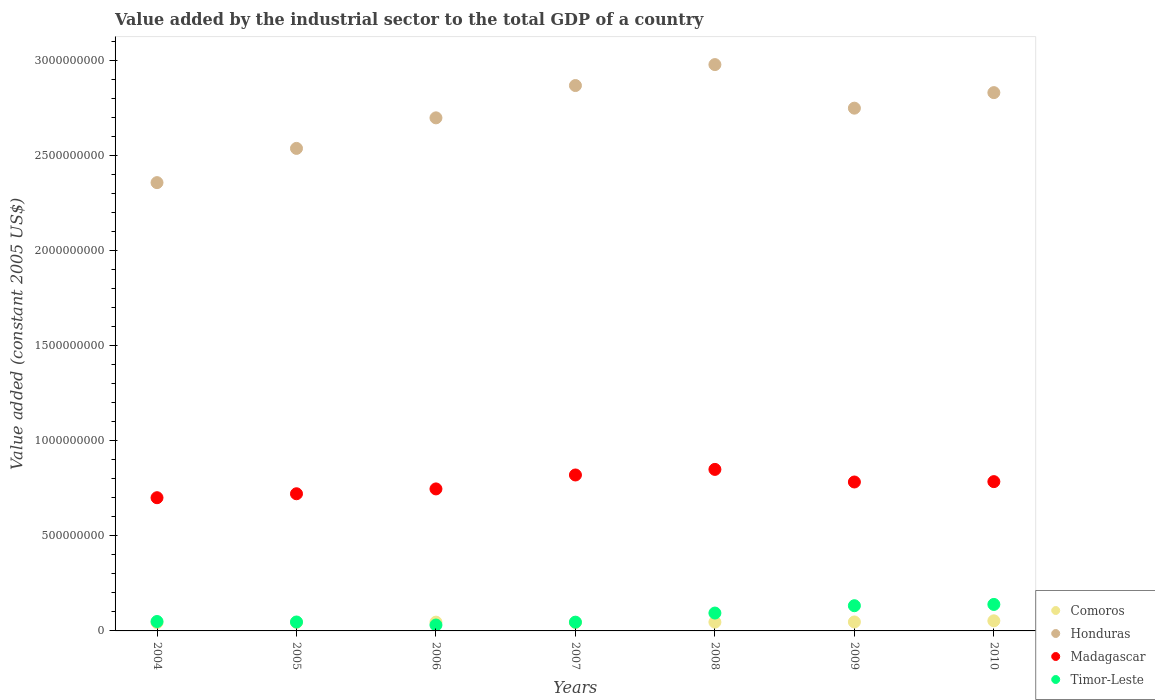
| Years | Comoros | Honduras | Madagascar | Timor-Leste |
 | --- | --- | --- | --- | --- |
 | 2004 | 4.38e+07 | 2.36e+09 | 7.01e+08 | 4.95e+07 |
 | 2005 | 4.49e+07 | 2.54e+09 | 7.21e+08 | 4.7e+07 |
 | 2006 | 4.63e+07 | 2.7e+09 | 7.47e+08 | 3.11e+07 |
 | 2007 | 4.42e+07 | 2.87e+09 | 8.2e+08 | 4.62e+07 |
 | 2008 | 4.62e+07 | 2.98e+09 | 8.5e+08 | 9.4e+07 |
 | 2009 | 4.71e+07 | 2.75e+09 | 7.83e+08 | 1.33e+08 |
 | 2010 | 5.31e+07 | 2.83e+09 | 7.85e+08 | 1.39e+08 |